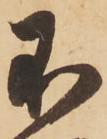
不